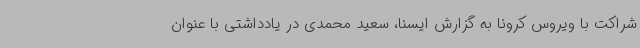
شراکت با ویروس کرونا به گزارش ایسنا، سعید محمدی در یادداشتی با عنوان